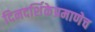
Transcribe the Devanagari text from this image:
दिनदर्शिकेप्रमाणेच